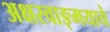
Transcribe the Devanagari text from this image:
अक्षरवाङ्‌मयाचे